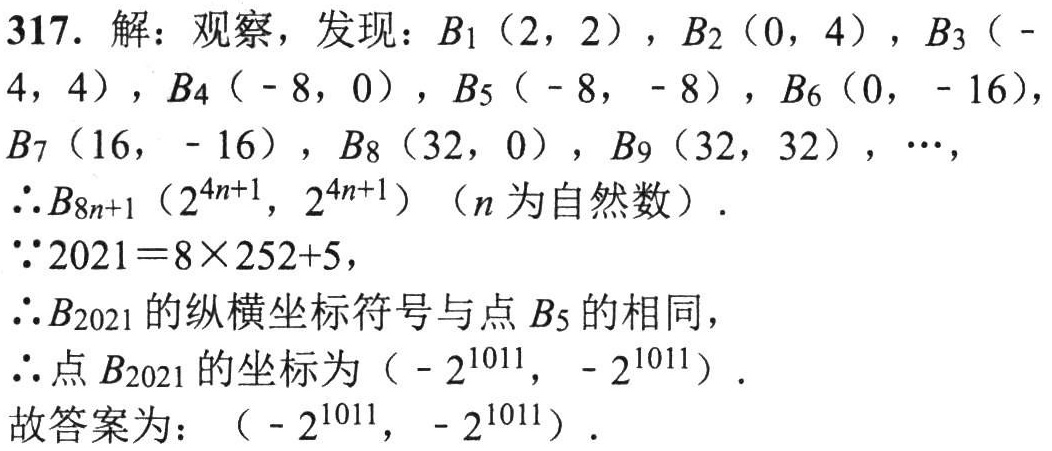
317. 解：观察，发现：\(B_1(2,2)\)，\(B_2(0,4)\)，\(B_3(-4,4)\)，\(B_4(-8,0)\)，\(B_5(-8,-8)\)，\(B_6(0,-16)\)，\(B_7(16,-16)\)，\(B_8(32,0)\)，\(B_9(32,32)\)，\(\cdots\)，

\(\therefore B_{8n + 1}(2^{4n + 1},2^{4n + 1})\)（\(n\)为自然数）.

\(\because 2021 = 8\times252 + 5\)，

\(\therefore B_{2021}\)的纵横坐标符号与点\(B_5\)的相同，

\(\therefore\)点\(B_{2021}\)的坐标为\((-2^{1011},-2^{1011})\).

故答案为：\((-2^{1011},-2^{1011})\).